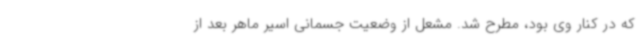
که در کنار وی بود، مطرح شد. مشعل از وضعیت جسمانی اسیر ماهر بعد از